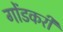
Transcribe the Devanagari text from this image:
गोंडकरी